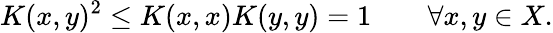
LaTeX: K(x,y)^{2}\leq K(x,x)K(y,y)=1\qquad\forall x,y\in X.